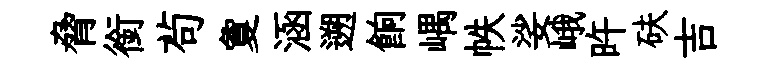
脅銜茍夐涵遡餉嵎帙娑峨旿砆吉